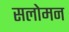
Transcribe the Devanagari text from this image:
सलोमन